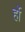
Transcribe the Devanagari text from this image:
र्हो